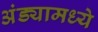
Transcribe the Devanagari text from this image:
अंड्यामध्ये